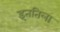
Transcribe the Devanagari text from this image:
इततिला